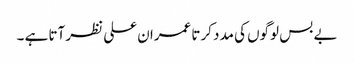
بے بس لوگوں کی مدد کرتا عمران علی نظر آتا ہے ۔